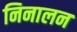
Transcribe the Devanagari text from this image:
निनालन